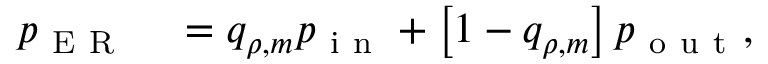
\begin{array} { r l } { p _ { \mathrm { ~ E ~ R ~ } } } & { { } = q _ { \rho , m } p _ { \mathrm { ~ i ~ n ~ } } + \left[ 1 - q _ { \rho , m } \right] p _ { \mathrm { ~ o ~ u ~ t ~ } } , } \end{array}